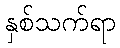
နှစ်သက်ရာ